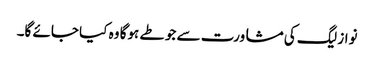
نواز لیگ کی مشاورت سے جو طے ہوگا وہ کیا جائے گا۔